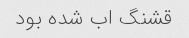
قشنگ اب شده بود